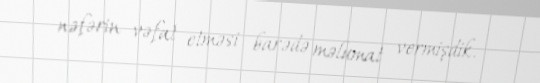
nəfərin vəfat etməsi barədə məlumat vermişdik.